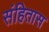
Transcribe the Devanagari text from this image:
संहितास